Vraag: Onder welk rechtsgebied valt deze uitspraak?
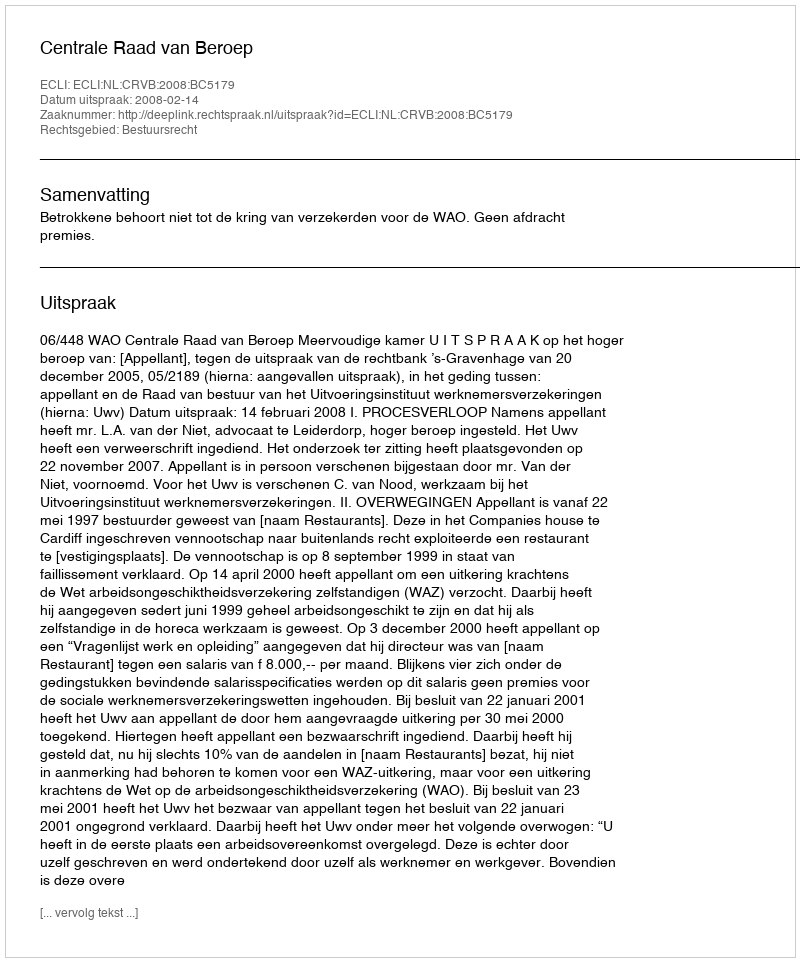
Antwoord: Bestuursrecht